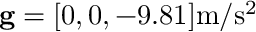
\mathbf { g } = [ 0 , 0 , - 9 . 8 1 ] \mathrm { m / s ^ { 2 } }